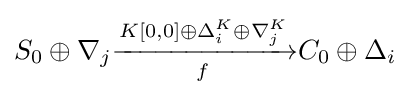
S_{0}\oplus \nabla _{j}{\xrightarrow[{f}]{K[0,0]\oplus \Delta _{i}^{K}\oplus \nabla _{j}^{K}}}C_{0}\oplus \Delta _{i}